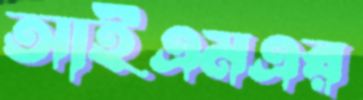
আইএমএর